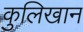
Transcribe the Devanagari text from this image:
कुलिखान